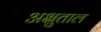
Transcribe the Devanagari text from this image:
अक्षुताल